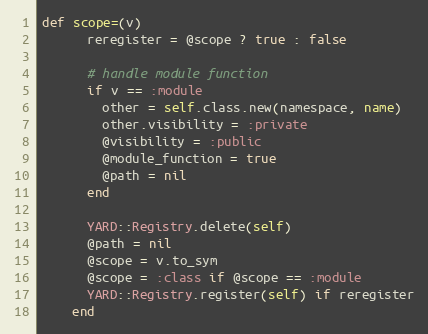
Language: Ruby
def scope=(v)
      reregister = @scope ? true : false

      # handle module function
      if v == :module
        other = self.class.new(namespace, name)
        other.visibility = :private
        @visibility = :public
        @module_function = true
        @path = nil
      end

      YARD::Registry.delete(self)
      @path = nil
      @scope = v.to_sym
      @scope = :class if @scope == :module
      YARD::Registry.register(self) if reregister
    end